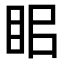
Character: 𥅑